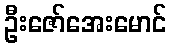
ဦးဇော်အေးမောင်